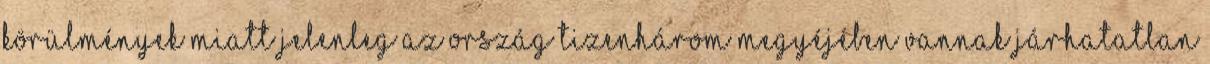
körülmények miatt jelenleg az ország tizenhárom megyéjében vannak járhatatlan